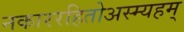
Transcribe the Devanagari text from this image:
नकाररहितोअस्म्यहम्